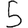
Digit: 5